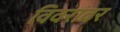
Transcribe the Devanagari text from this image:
विवरांवर